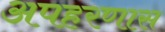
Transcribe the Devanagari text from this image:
अपहरणास